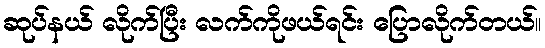
ဆုပ်နယ် လိုက်ပြီး လက်ကိုဖယ်ရင်း ပြောလိုက်တယ်။